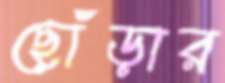
ছোঁড়ার